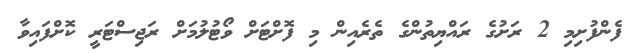
ފެންފުށިމި 2 ރަށުގެ ރައްޔިތުންގެ ތެރެއިން މި ފޮށްޓަށް ވޯޓުލުމަށް ރަޖިސްޓަރީ ކޮށްފައިވާ